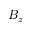
B _ { z }